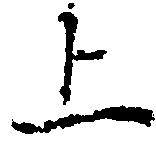
上